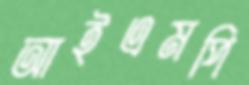
আইএমপি